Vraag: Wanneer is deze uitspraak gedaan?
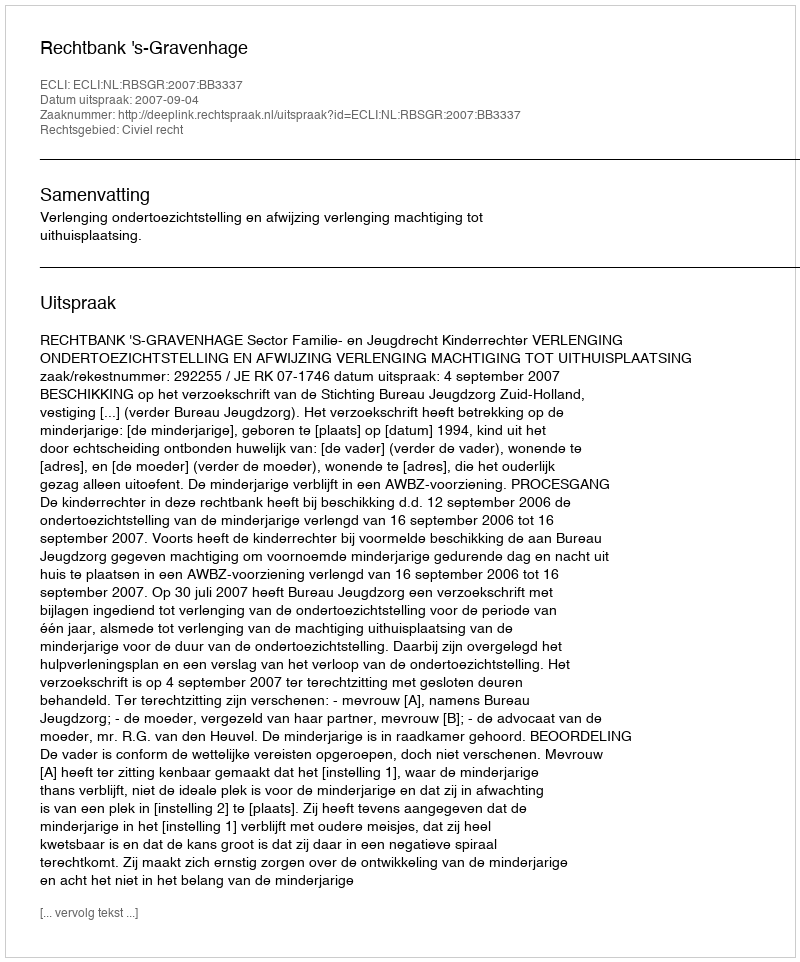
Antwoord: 2007-09-04